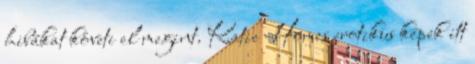
hibákat követi el megint. Katie Homes erotikus képek itt